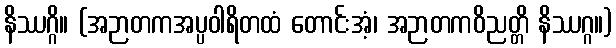
နိဿဂ္ဂိ။ (အဉာတကအပ္ပဝါရိတထံ တောင်းအံ့၊ အဉာတကဝိညတ္တိ နိဿဂ္ဂ။)